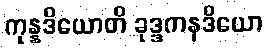
ကုန္နဒိယောတိ ခုဒ္ဒကနဒိယော